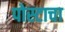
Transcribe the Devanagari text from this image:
पोस्टाचा